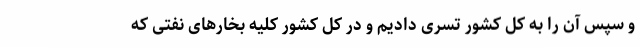
و سپس آن را به کل کشور تسری دادیم و در کل کشور کلیه بخارهای نفتی که